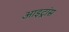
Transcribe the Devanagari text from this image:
आइट्रांस